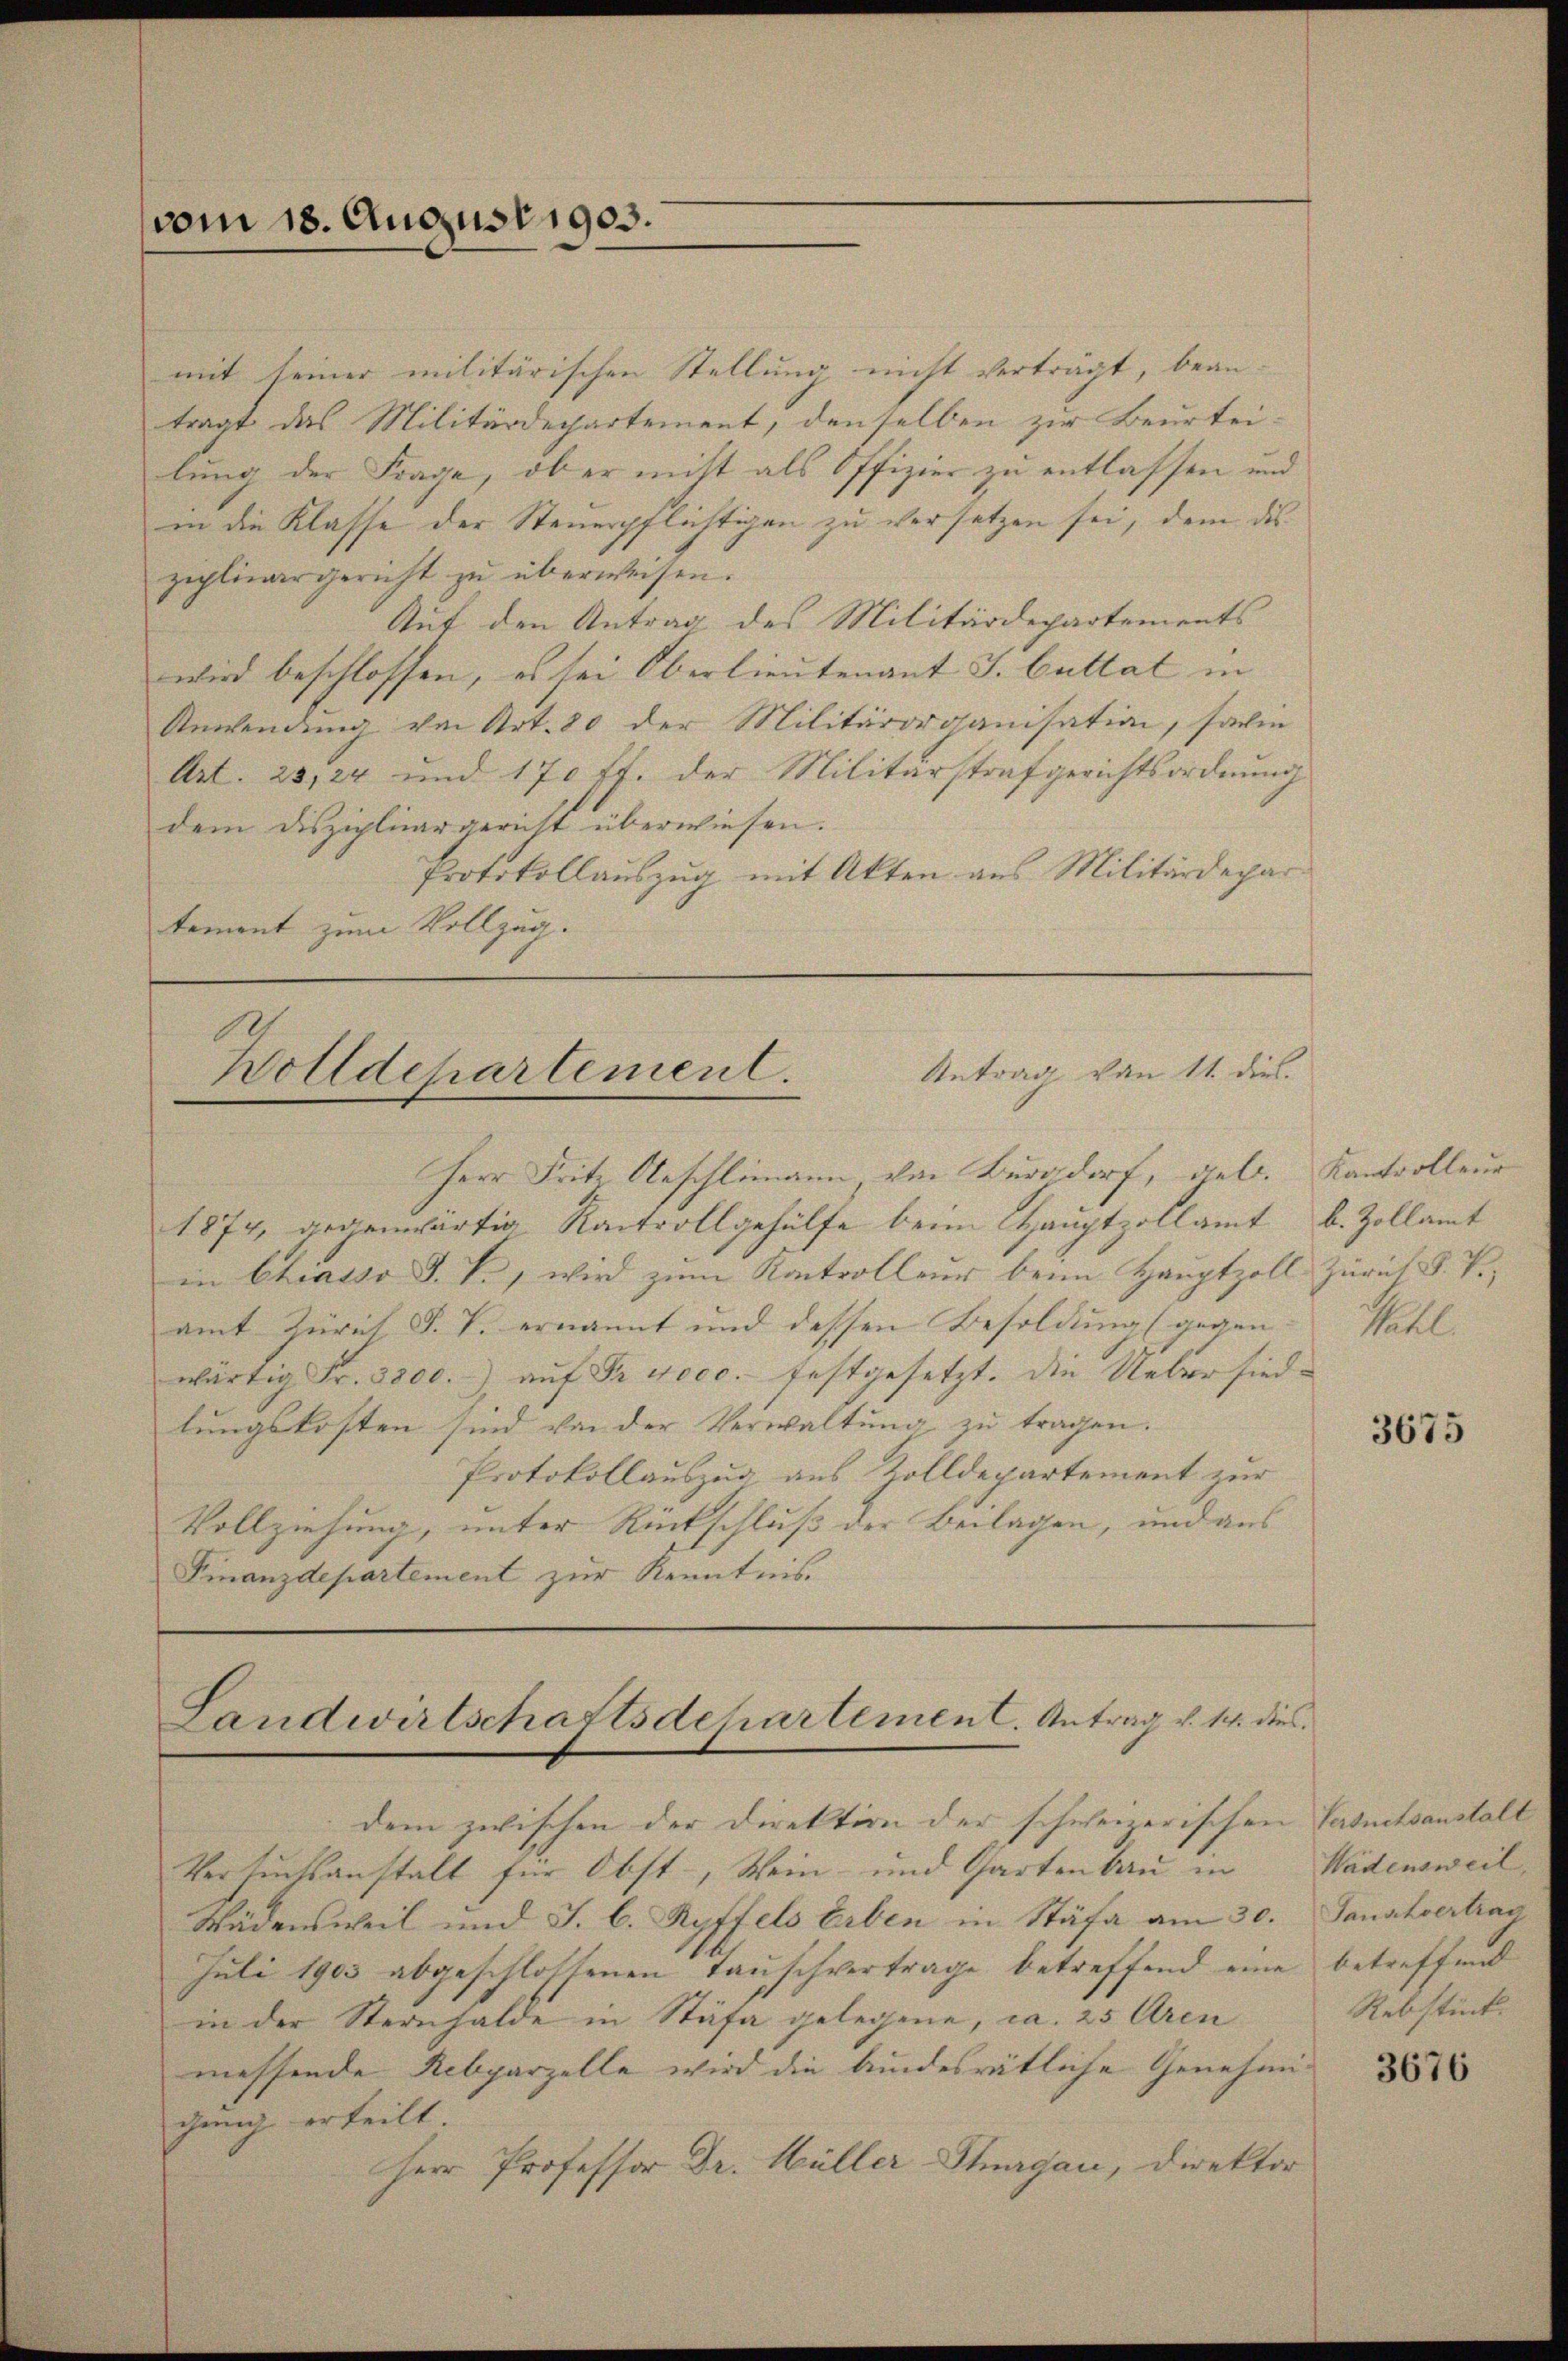
vom 18. August 1903.

mit seiner militärischen Stellung nicht verträgt, beantragt das Militärdepartement, denselben zur Beurteilung der Frage, ob er nicht als Offizier zu entlassen und
in die Klasse der Steuerpflichtigen zu versetzen sei, dem dis
ziplinargericht zŭ überweisen.
Auf den Antrag des Militärdepartements
wird beschlossen, es sei Oberlieutenant J. Guttat in
Anwendung von Art. 20 der Militärorganisation, sachen
Art. 25,24 und 170 ff. der Militärstrafgerichtsordnung
dem Disziplinargericht überwiesen.
Protokollauszug mit Akten aus Militärdepar
toment zum Vollzug.

.
Antrag von 11. dies.
Wolldepartement.
.

Herr Fritz Aeschlimann, von Burgdorf, geb.
1874, gegenwärtig Raitvollgehülfe beim Hauptzollamt
in Chiasso T. T., wird zum Kontrolleur beim Hauptzoll Zürich S. T.,
amt Zürich S. V. ernannt und dessen Besoldung (gegen
wärtig Fr. 3300.- auf Dr. vocc. festgesetzt. Die Uebersiedlŭngskosten sind von der Verwaltŭng zŭ tragen.
Protokollauszug aus Zolldepartement zur
Vollziehung, unter Rückschluß der Beilagen, und aus
Finanzdepartement zur Kenntnis.

Landwirtschaftsdepartement. Antrag v. 14. dies

dem zwischen der Direktion der schweizerischen Gesuchsanstalt |
Versuchsanstalt für Obst, Wein- und Gartenbau in
Wädensweil und J. C. Ryffels Erben in Stäfa am 30.
Juli 1903 abgeschlossenen Tauschvertrage betreffend eine betreffend
in der Sternhalde in Stäfa gelegene, ca. 25 Aren
messende Rebparzelle wird die bundesrätliche Genehmigung erteilt.
Herr Professor Dr. Müller Stuagan, Direktor

Kantrolleur
b. Zollamt
Sattl.

3675

Wädensweil,
Sanatvertrag
Rebstück.

3676